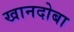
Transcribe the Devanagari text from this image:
खानदोबा